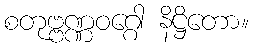
စတုဗ္ဗဏ္ဏဝဂ္ဂေါ နိဋ္ဌိတော။